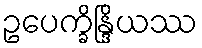
ဥပေက္ခိန္ဒြိယဿ